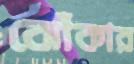
ঝোঁকার